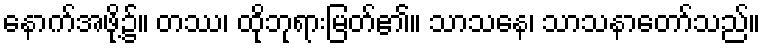
နောက်အဖို့၌။ တဿ၊ ထိုဘုရားမြတ်၏။ သာသနေ၊ သာသနာတော်သည်။